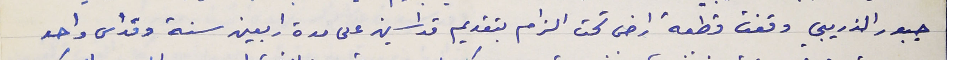
جبور الذريبي وقفت قطعة ارض تحت الزام بتقديم قداسين على مدة اربعين سنة وقداس واحد